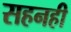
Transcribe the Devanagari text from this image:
सहनही